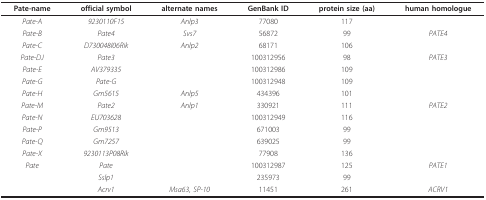
<table><thead><tr><td><b>Pate-name</b></td><td><b>official symbol</b></td><td><b>alternate names</b></td><td><b>GenBank ID</b></td><td><b>protein size (aa)</b></td><td><b>human homologue</b></td></tr></thead><tbody><tr><td><i>Pate-A</i></td><td><i>9230110F15</i></td><td><i>Anlp3</i></td><td>77080</td><td>117</td><td></td></tr><tr><td><i>Pate-B</i></td><td><i>Pate4</i></td><td><i>Svs7</i></td><td>56872</td><td>99</td><td><i>PATE4</i></td></tr><tr><td><i>Pate-C</i></td><td><i>D730048I06Rik</i></td><td><i>Anlp2</i></td><td>68171</td><td>106</td><td></td></tr><tr><td><i>Pate-DJ</i></td><td><i>Pate3</i></td><td></td><td>100312956</td><td>98</td><td><i>PATE3</i></td></tr><tr><td><i>Pate-E</i></td><td><i>AV379335</i></td><td></td><td>100312986</td><td>109</td><td></td></tr><tr><td><i>Pate-G</i></td><td><i>Pate-G</i></td><td></td><td>100312948</td><td>109</td><td></td></tr><tr><td><i>Pate-H</i></td><td><i>Gm5615</i></td><td><i>Anlp5</i></td><td>434396</td><td>101</td><td></td></tr><tr><td><i>Pate-M</i></td><td><i>Pate2</i></td><td><i>Anlp1</i></td><td>330921</td><td>111</td><td><i>PATE2</i></td></tr><tr><td><i>Pate-N</i></td><td><i>EU703628</i></td><td></td><td>100312949</td><td>116</td><td></td></tr><tr><td><i>Pate-P</i></td><td><i>Gm9513</i></td><td></td><td>671003</td><td>99</td><td></td></tr><tr><td><i>Pate-Q</i></td><td><i>Gm7257</i></td><td></td><td>639025</td><td>99</td><td></td></tr><tr><td><i>Pate-X</i></td><td><i>9230113P08Rik</i></td><td></td><td>77908</td><td>136</td><td></td></tr><tr><td><i>Pate</i></td><td><i>Pate</i></td><td></td><td>100312987</td><td>125</td><td><i>PATE1</i></td></tr><tr><td></td><td><i>Sslp1</i></td><td></td><td>235973</td><td>99</td><td></td></tr><tr><td></td><td><i>Acrv1</i></td><td><i>Msa63, SP-10</i></td><td>11451</td><td>261</td><td><i>ACRV1</i></td></tr></tbody></table>